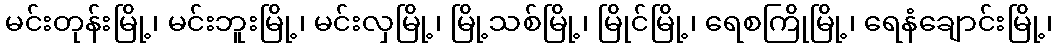
မင်းတုန်းမြို့၊ မင်းဘူးမြို့၊ မင်းလှမြို့၊ မြို့သစ်မြို့၊ မြိုင်မြို့၊ ရေစကြိုမြို့၊ ရေနံချောင်းမြို့၊